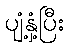
ပျံ့နှံ့ပြီး